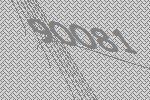
90081